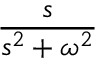
\frac { s } { s ^ { 2 } + \omega ^ { 2 } }